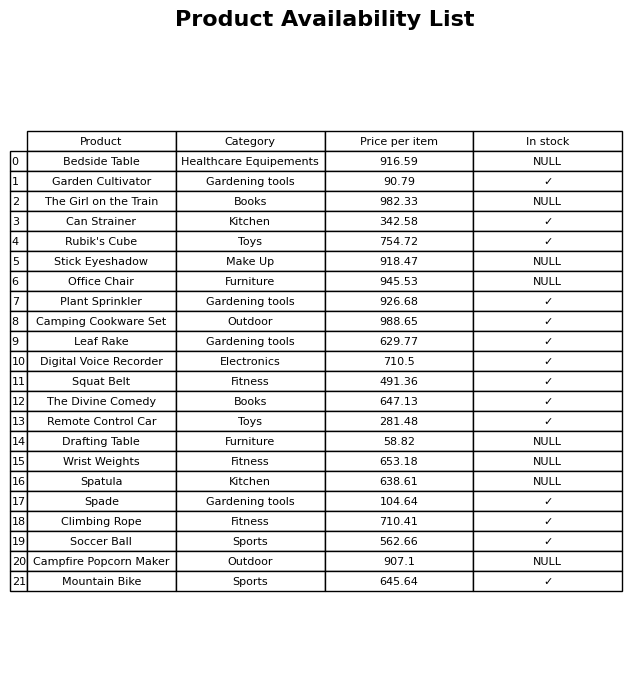
question: What is the price for Bedside Table?
answer: The price of Bedside Table is 916.59.